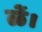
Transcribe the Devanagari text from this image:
ळें।